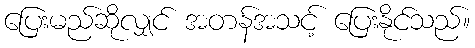
ပြေးမည်ဆိုလျှင် အတန်အသင့် ပြေးနိုင်သည်။